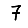
Digit: 7